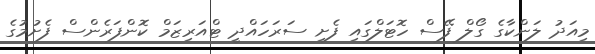
މިއަދު ލަންކާގެ ގޯލް ފޭސް ހޮޓަލްގައި ފެށި ސަރަހައްދީ ޓްއަރިޒަމް ކޮންފަރެންސް ފެށުމުގެ